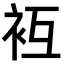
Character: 𧘢